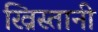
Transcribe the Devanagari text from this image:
ख्रिस्तानी